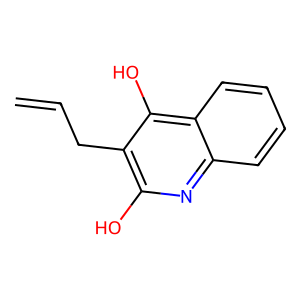
SMILES: C=CCc1c(O)nc2ccccc2c1O
Inhibits HIV replication: No